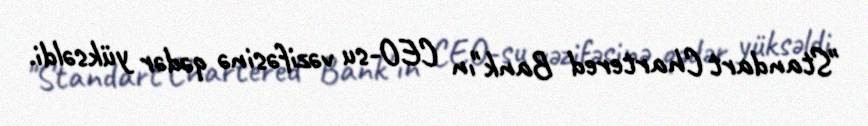
"Standart Chartered Bank"ın CEO-su vəzifəsinə qədər yüksəldi.